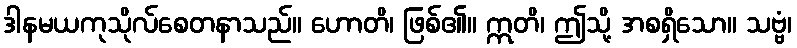
ဒါနမယကုသိုလ်စေတနာသည်။ ဟောတိ၊ ဖြစ်၏။ ဣတိ၊ ဤသို့ အစရှိသော။ သဗ္ဗံ၊